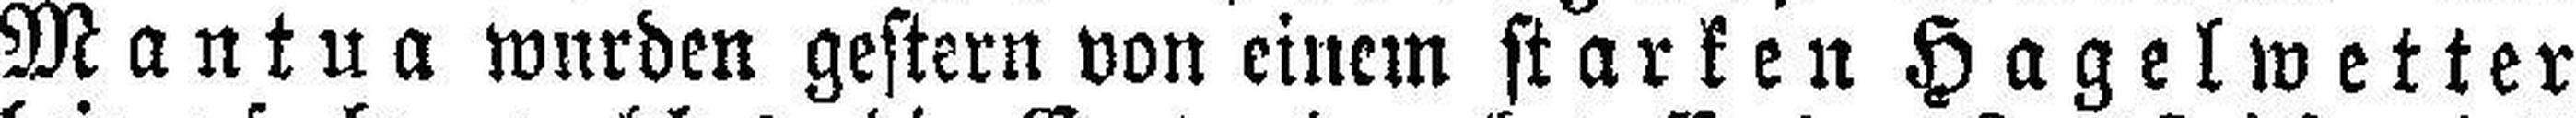
Mantua wurden gestern von einem starken Hagelwetter